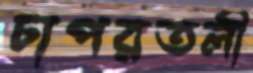
চাপরতলী